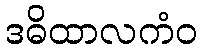
ဒဓိထာလကံဝ